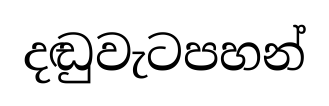
දඬුවැටපහන්